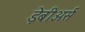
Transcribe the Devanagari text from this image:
ड़ेबीअर्स